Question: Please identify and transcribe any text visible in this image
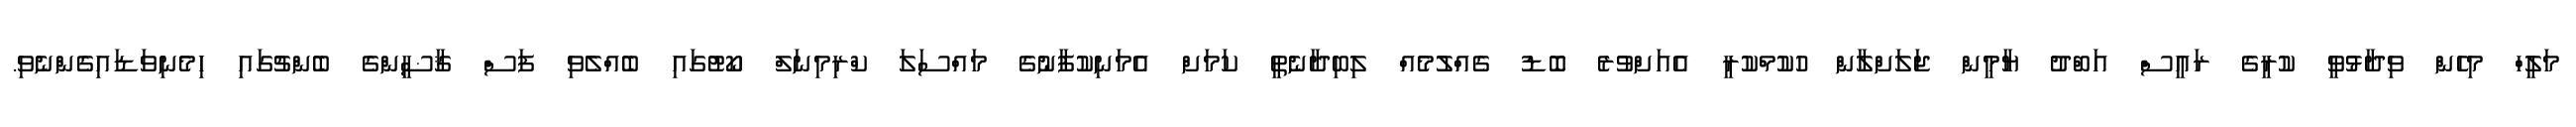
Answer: މަލީހް މިހެން ވިދާޅުވީ ކުރީގެ ރައީސް އަބްދު ޔާމީން ޖަލަށްލާން ހުކުމްކުރީ އެއަށްވުރެ ބޮޑު ގެއްލުމެއް ލިބިދާނެތީ ކަމަށް އެމަނިކުފާނުގެ މައްސަލަ ކްރިމިނަލް ކޯޓުގައި ބެއްލެވި ފަސް ޤާޟީންގެ ބެންޗުގައި ހިމެނިވަޑައިގެންނެވި.